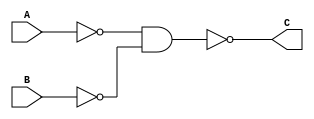
module my_or(C,A,B);
    output C;
    input A,B;
    wire A_out;
    wire B_out;
    nand input_nand1(A_out,A,A);
    nand input_nand2(B_out,B,B);
    nand output_nand(C,A_out,B_out);
endmodule